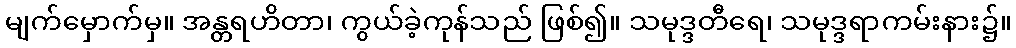
မျက်မှောက်မှ။ အန္တရဟိတာ၊ ကွယ်ခဲ့ကုန်သည် ဖြစ်၍။ သမုဒ္ဒတီရေ၊ သမုဒ္ဒရာကမ်းနား၌။